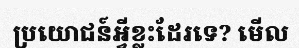
ប្រយោជន៍អ្វីខ្លះដែរទេ? មើល